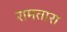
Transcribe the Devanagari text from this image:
रामतारा